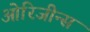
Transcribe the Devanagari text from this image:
ओरिजीन्स